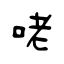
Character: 咾